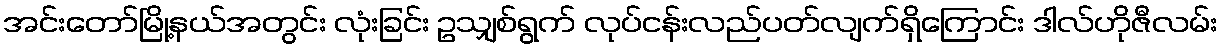
အင်းတော်မြို့နယ်အတွင်း လုံးခြင်း ဥသျှစ်ရွက် လုပ်ငန်းလည်ပတ်လျက်ရှိကြောင်း ဒါလ်ဟိုဇီလမ်း